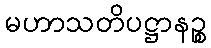
မဟာသတိပဋ္ဌာနဉ္စ